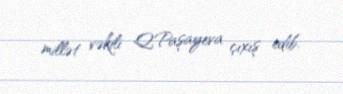
millət vəkili Q.Paşayeva çıxış edib.